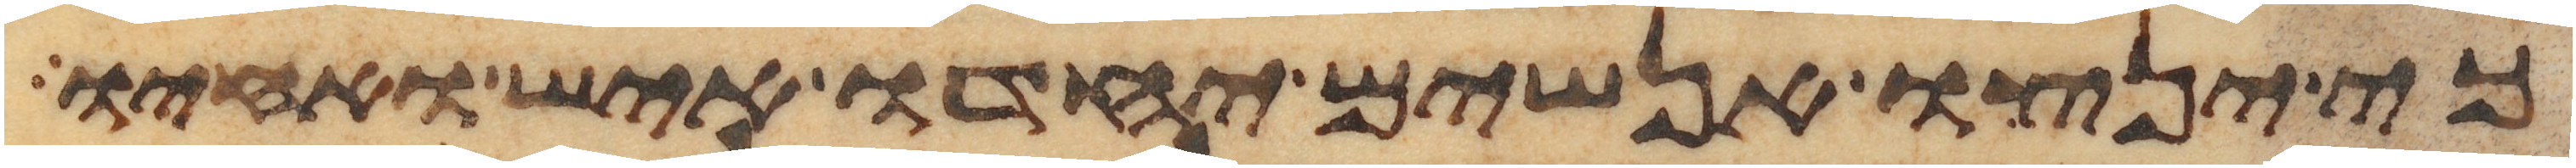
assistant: כי ינצו אנשים יחדו איש ואחיו